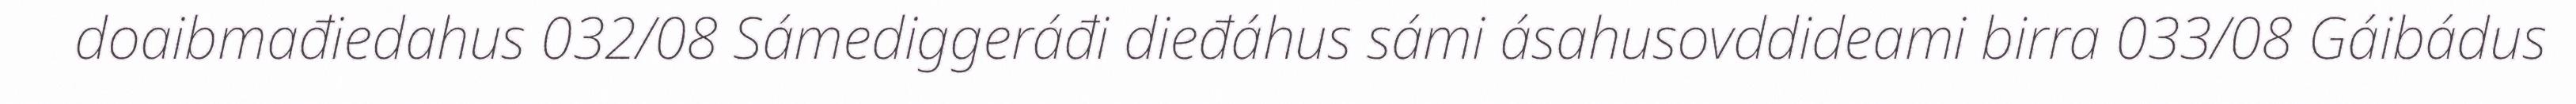
doaibmađiedahus 032/08 Sámediggeráđi dieđáhus sámi ásahusovddideami birra 033/08 Gáibádus